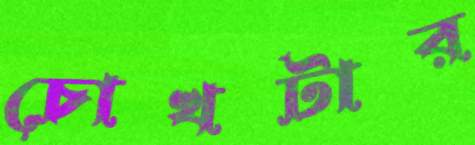
চোখটার